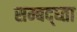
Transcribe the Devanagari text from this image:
सम्बद्ध्ता